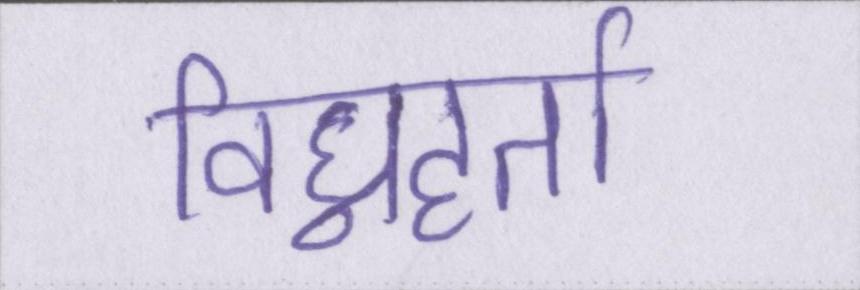
विघ्नहर्ता